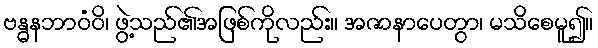
ဗန္ဓနဘာဝံဝိ၊ ဖွဲ့သည်၏အဖြစ်ကိုလည်း။ အဇာနာပေတွာ၊ မသိစေမူ၍။